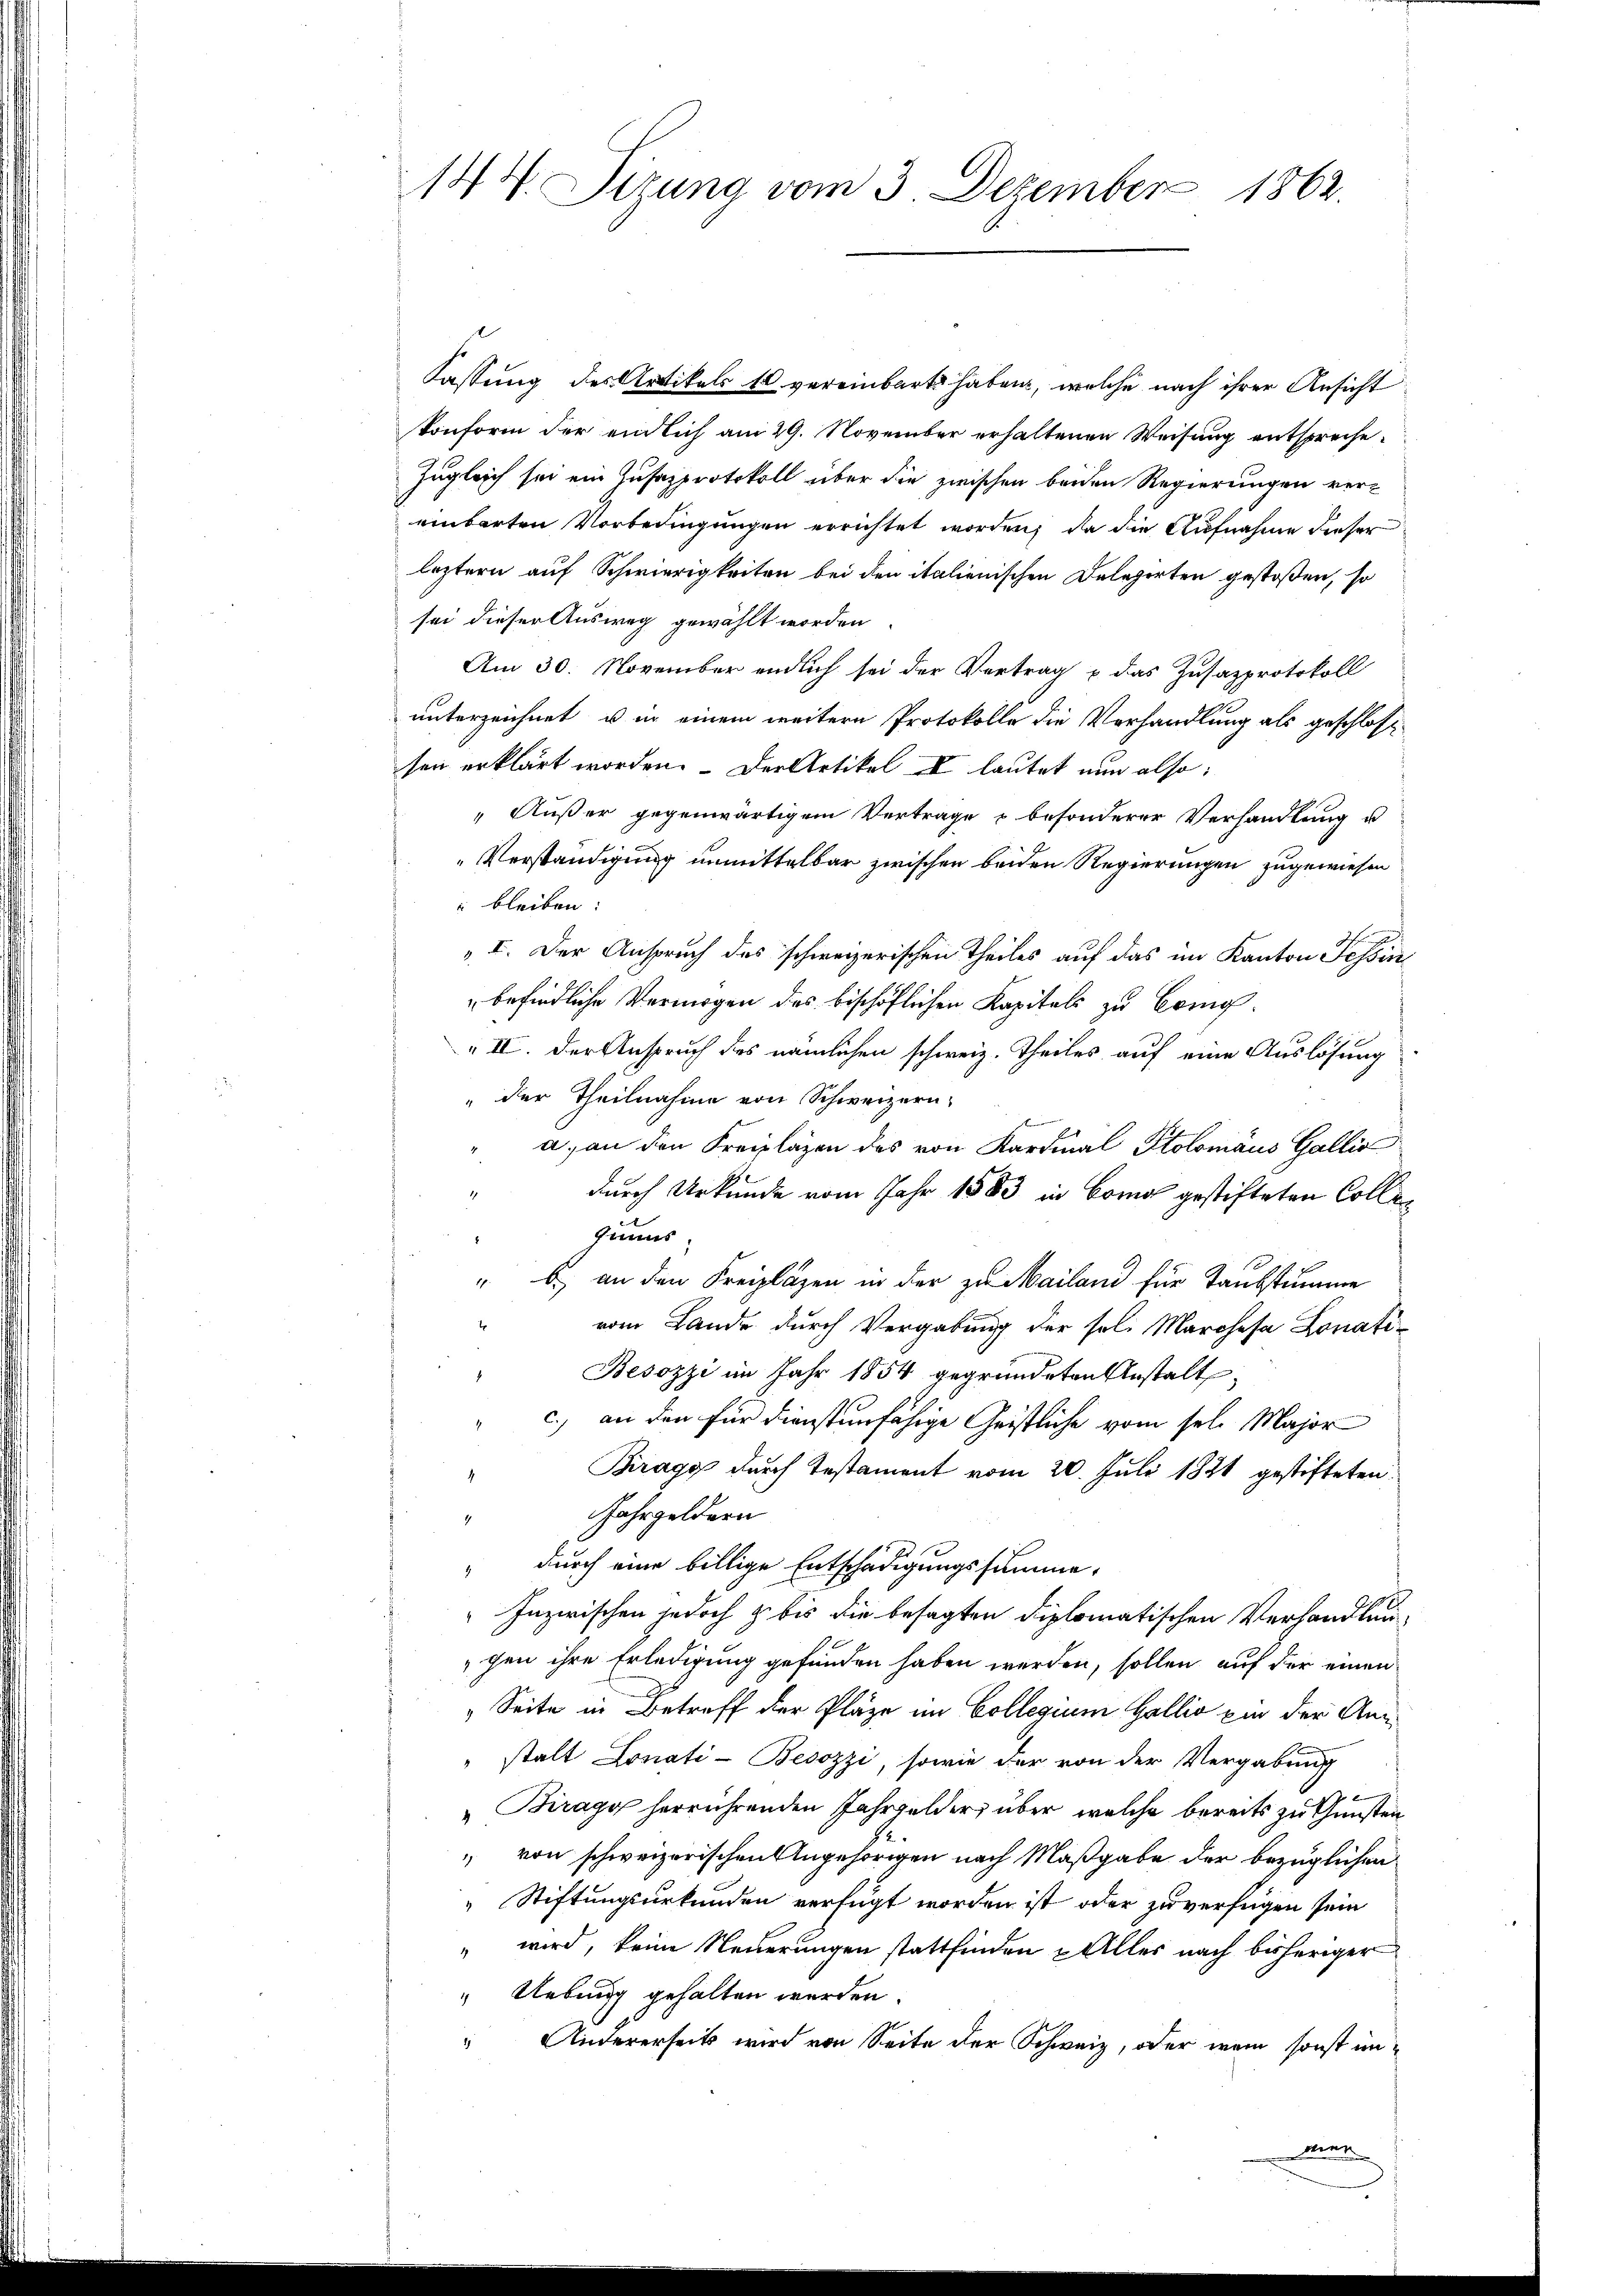
144. Sizung vom 3. Dezember 1862.

Fassung des Artikels 10 vereinbart haben, welche nach ihrer Ansicht
konform der endlich am 29. November erhaltenen Weisung entspreche¬
Zugleich sei ein Zusazprotokoll über die zwischen beiden Regierungen vereinbarten Vorbedingungen errichtet worden, da die Aufnahme dieser
leztern auf Schwierigkeiten bei den italienischen Delegirten gestoßen, so
sei dieser Ausweg gewählt worden.
Am 30. November endlich sei der Vertrag u. das Zusazprotokoll
unterzeichnet, u in einem weitere Protokolle die Vorhandlung als geschloss
sen erklärt worden. Der Artikel es lautet nun also:
„Außer gegenwärtigem Vertrage & besonderer Verhandlung u
Verständigung unmittelbar zwischen beiden Regierungen zugewiesen
 bleiben:
„I. Der Anspruch des schweizerischen Theiles auf das im Kanton Tessin
befindliche Vermögen des beschöflichen Kapitals zu Con¬
" II. Der Anspruch des nämlichen schweiz. Theiles auf eine Auslösung
" der Theilnahme von Schweizern,
a. an den Kreipläzen des von Kardinal Stolomäus Gallis
durch Urkunde vom Jahr 1883 in Como gestifteten Collesinns
" b.) an den Kreizlagen in der zu Mailand für Taubstumme
vom Lande durch Vergabung der sel. Marchesa Lonati¬
Besozzi im Jahr 1854 gegründeten Anstalt,
c.) an den für dienstenfähige Geistliche vom sel. Major
.
Bragg durch Testament vom 20. Juli 1821 gestifteten
Jahrgeldern
1
" durch eine billige Entschädigungssumme,
Inzwischen jedoch zu bis die besagten diplomatischen Verhandlungen ihre Erledigung gefunden haben werden, sollen auf der einen
" Seite in Betreff der Plaze im Collegium Gallis in der Anstalt Lonati - Besozzi, sowie der von der Vergabung
„Biragy herrührenden Jahrgelder, über welche bereits zu Gunsten
" von schweizerischen Angehörigen nach Maßgabe der bezüglichen
Stiftungsurkunden verfügt worden ist oder zu verfügen sein
" wird, keine Neuerungen stattfinden Alles nach bisheriger
Uebung gehalten werden.
Andererseits wird von Seite der Schweiz, oder wenn sonst unmier